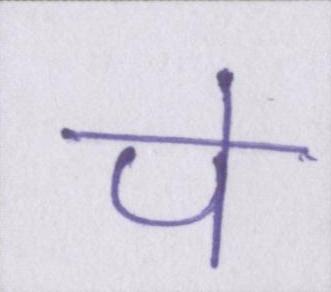
पे